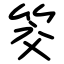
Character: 筊